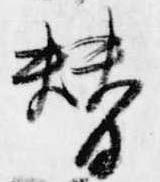
替